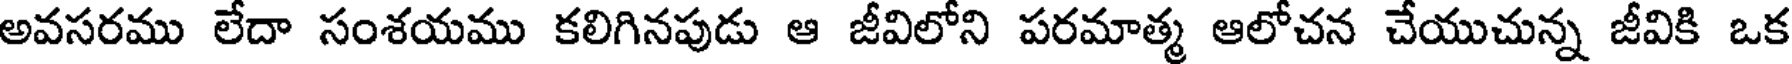
అవసరము లేదా సంశయము కలిగినపుడు ఆ జీవిలోని పరమాత్మ ఆలోచన చేయుచున్న జీవికి ఒక